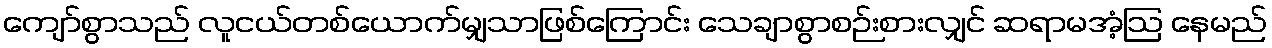
ကျော်စွာသည် လူငယ်တစ်ယောက်မျှသာဖြစ်ကြောင်း သေချာစွာစဉ်းစားလျှင် ဆရာမအံ့ဩ နေမည်